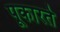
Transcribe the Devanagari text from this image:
पूकारते